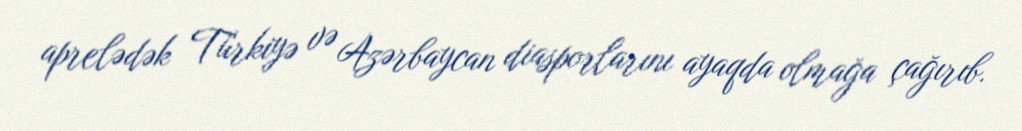
aprelədək Türkiyə və Azərbaycan diasporlarını ayaqda olmağa çağırıb.